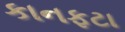
કાનફટા